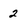
Character: 2